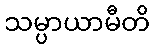
သမ္ပာယာမီတိ